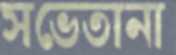
সভেতানা